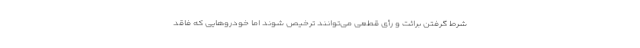
شرط گرفتن برائت و رأی قطعی می‌توانند ترخیص شوند اما خودروهایی که فاقد